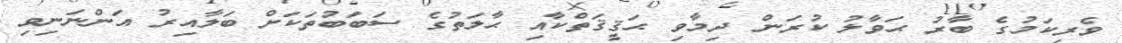
ވެރިކަމުގެ ބާރު ޙަވާލު ކުރަން ދިމާވި ޙަޤީޤަތްކާއި ޙާލަތުގެ ސަބަބުތަކަށް ބަލާއިރު އަންނަނިވި